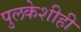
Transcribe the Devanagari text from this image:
पुलकेशीही